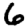
Digit: 6